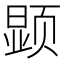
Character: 𲊿